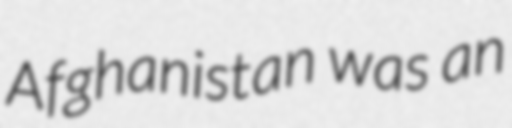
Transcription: Afghanistan was an